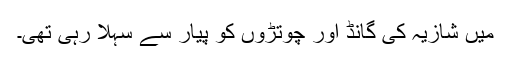
میں شازیہ کی گانڈ اور چوتڑوں کو پیار سے سہلا رہی تھی۔